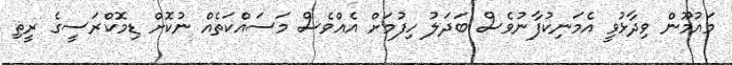
މައުމޫން ވިދާޅުވީ އެމަނިކުފާނުވެސް ބަދަލު ހިފުމަށް އެއްވެސް މަސައްކަތެއް ނުކޮށް ޑިމޮކްރަސީގެ ރީތި